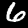
Label: 6